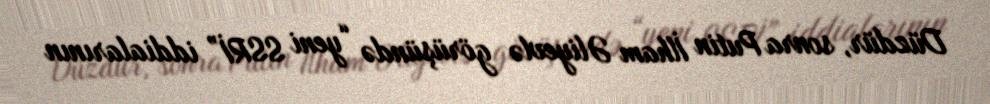
Düzdür, sonra Putin İlham Əliyevlə görüşündə “yeni SSRİ” iddialarının